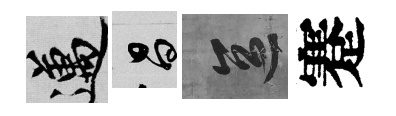
邁昌區蹇